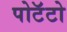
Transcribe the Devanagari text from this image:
पोटॅटो